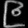
Digit: ၉